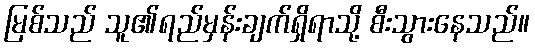
မြစ်သည် သူ၏ရည်မှန်းချက်ရှိရာသို့ စီးသွားနေသည်။